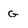
Character: G